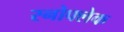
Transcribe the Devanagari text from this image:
स्नोफ्लेक